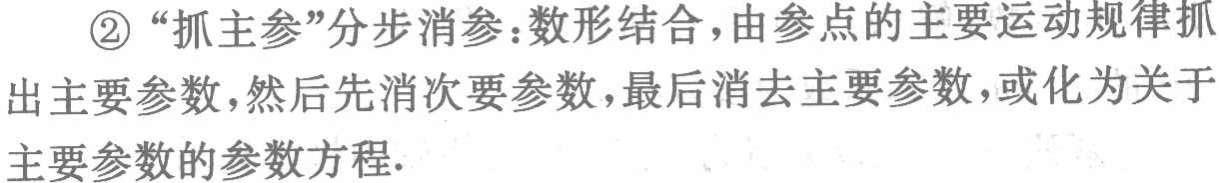
\textcircled{2}“抓主参”分步消参：数形结合，由参点的主要运动规律抓出主要参数，然后先消次要参数，最后消去主要参数，或化为关于主要参数的参数方程.